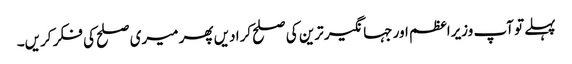
پہلے تو آپ وزیراعظم اور جہانگیر ترین کی صلح کرا دیں پھر میری صلح کی فکر کریں۔